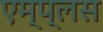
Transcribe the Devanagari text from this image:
एम्प्लस